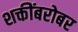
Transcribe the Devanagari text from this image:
शक्तींबरोबर